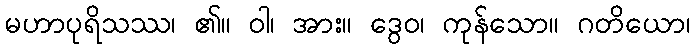
မဟာပုရိသဿ၊ ၏။ ဝါ၊ အား။ ဒွေဝ၊ ကုန်သော။ ဂတိယော၊